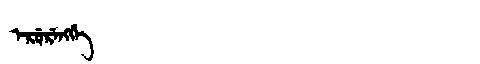
Manchu: ᡝᡵᡠᡵᡝᠩᡤᡝ
Romanization: ERURENGGE